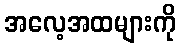
အလေ့အထများကို